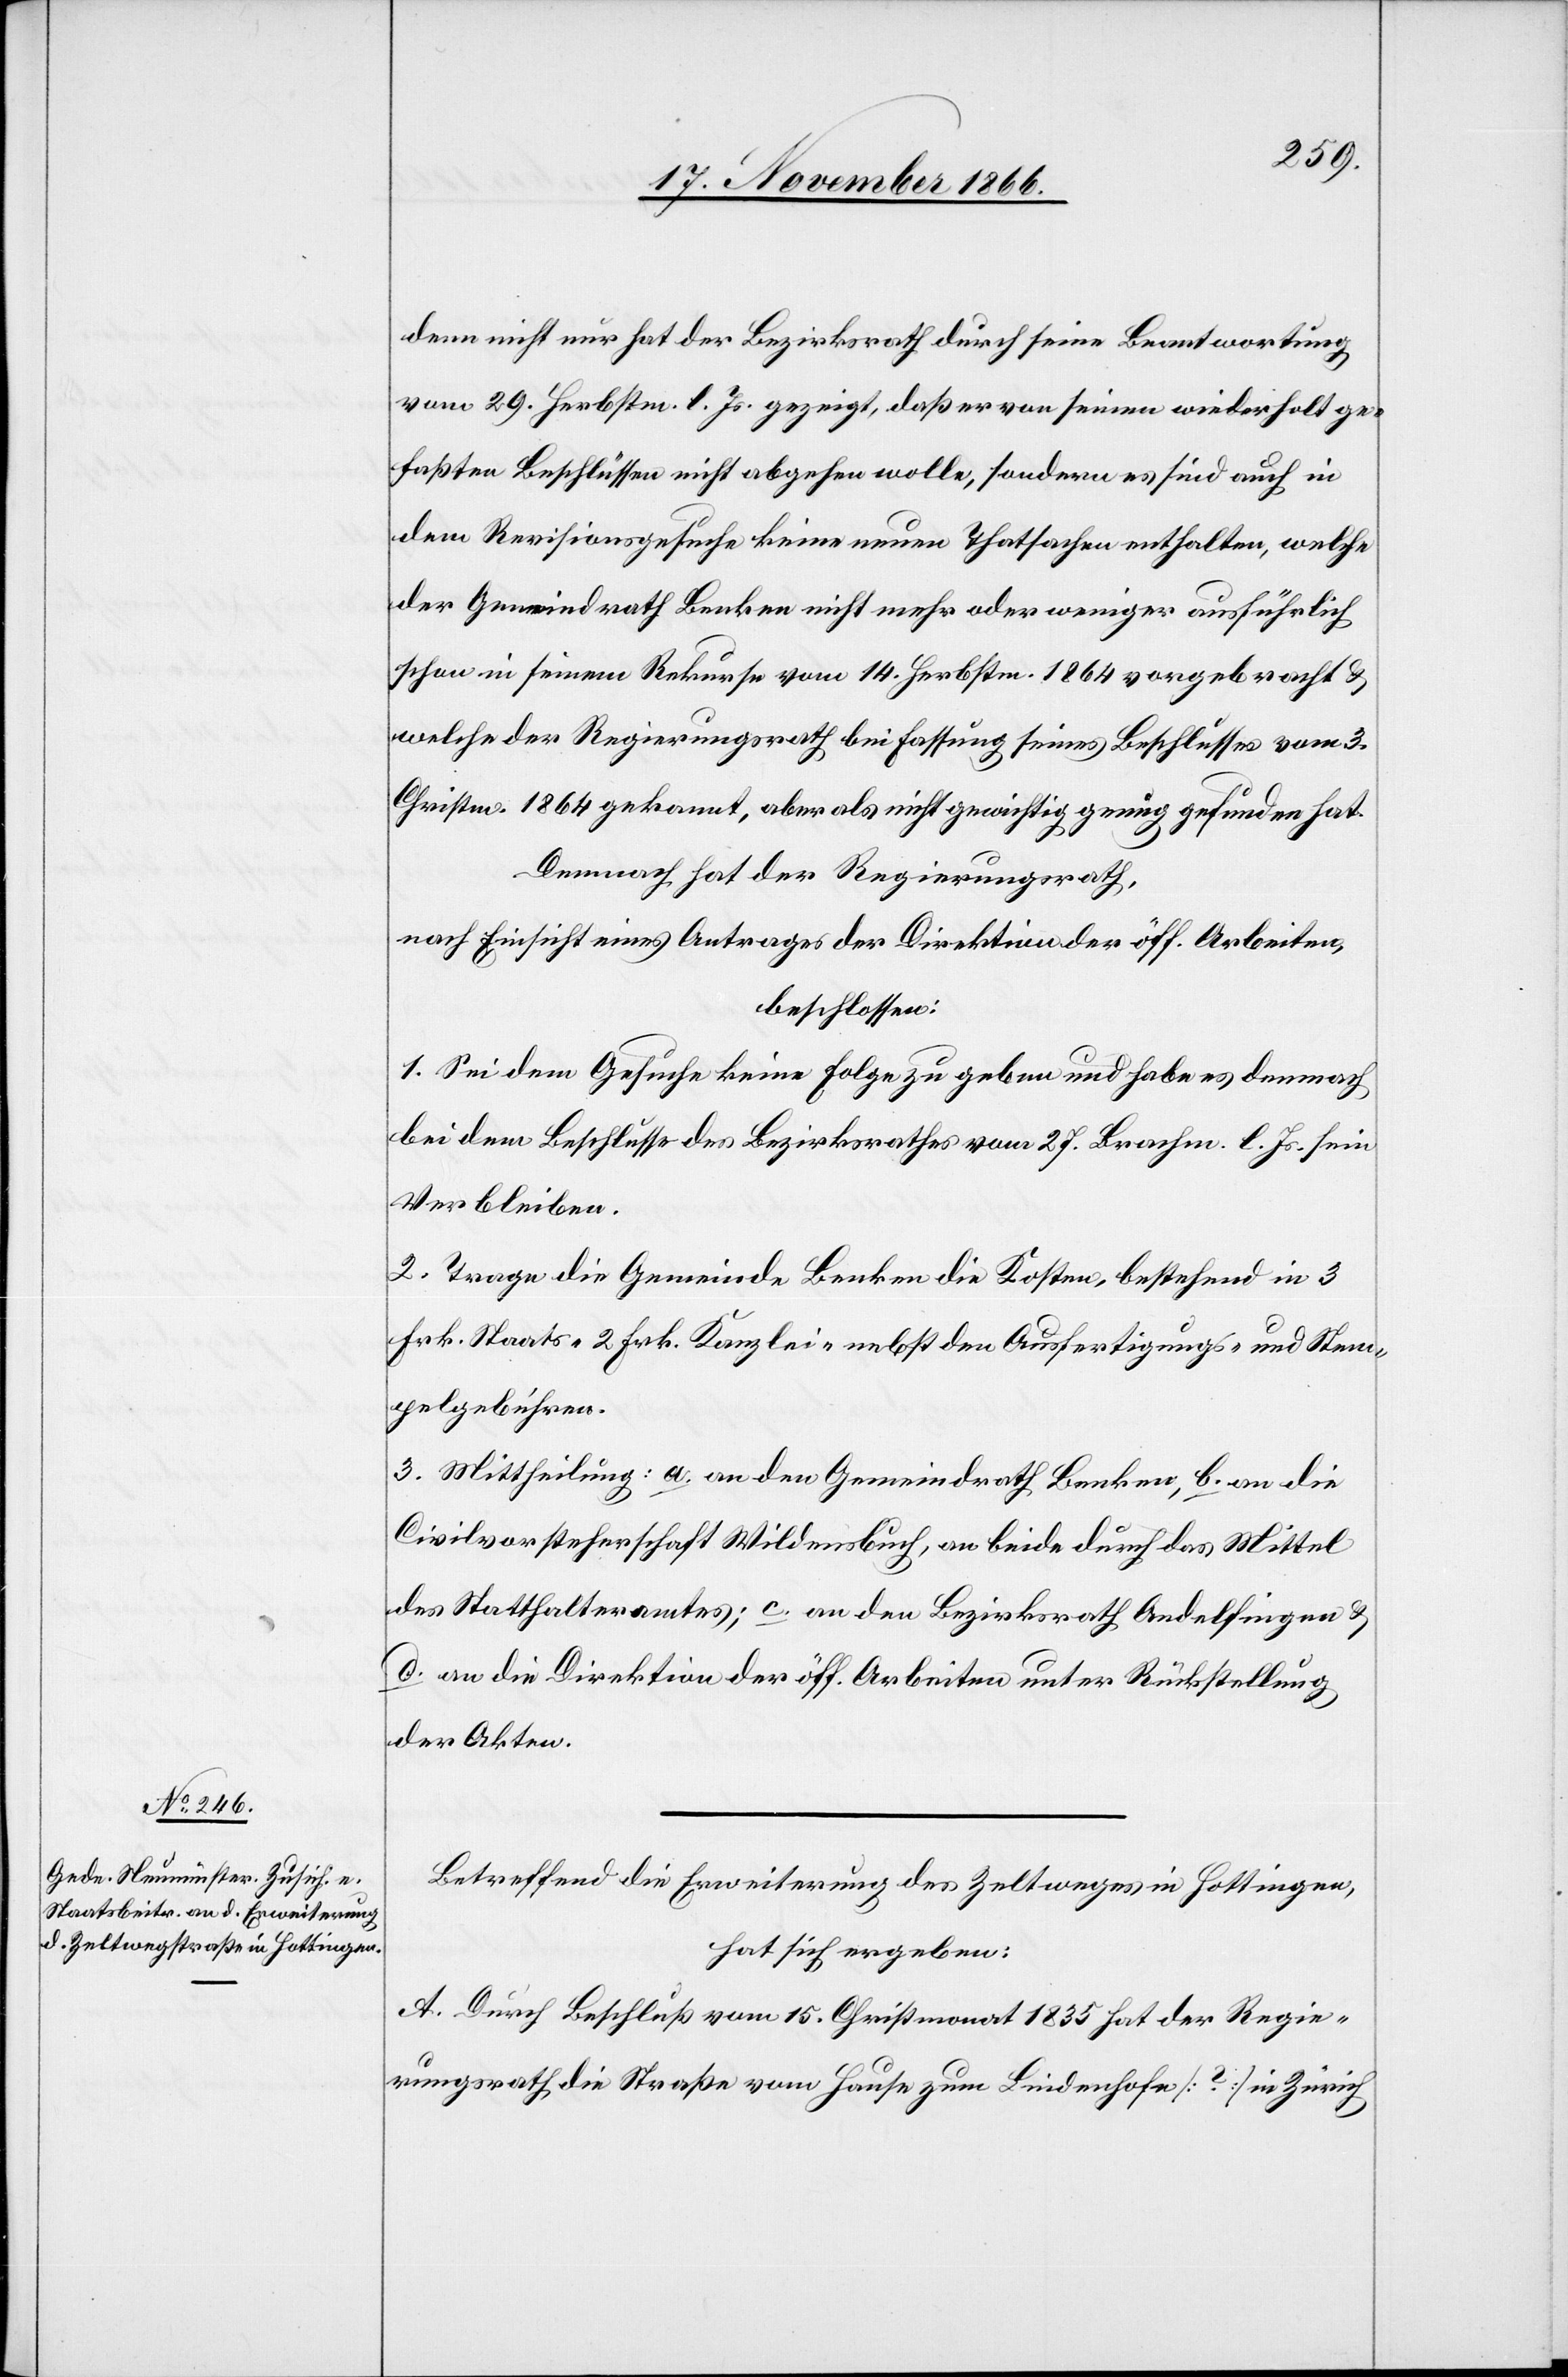
denn nicht nur hat der Bezirksrath durch seine Beantwortung
vom 29. Herbstm. l. Js. gezeigt, daß er von seinen wiederholt ge¬
faßten Beschlüssen nicht abgehen wolle, sondern es sind auch in
dem Revisionsgesuche keine neuen Thatsachen enthalten, welche
der Gemeindrath Benken nicht mehr oder weniger ausführlich
schon in seinem Rekurse vom 14. Herbstm. 1864 angebracht &
welche der Regierungsrath bei Fassung seines Beschlusses vom 3.
Christm. 1864 gekannt, aber als nicht gewichtig genug gefunden hat.
Demnach hat der Regierungsrath,
nach Einsicht eines Antrages der Direktion der öff. Arbeiten,
beschlossen:
1. Sei dem Gesuche keine Folge zu geben und habe es demnach
bei dem Beschlusse des Bezirksrathes vom 27. Brachm. l. Js. sein
Verbleiben.
2. Trage die Gemeinde Benken die Kosten, bestehend in 3
Frk. Staats-, 2 Frk. Kanzlei- nebst den Ausfertigungs- und Stem¬
pelgebühren.
3. Mittheilung: a. an den Gemeindrath Benken, b. an die
Civilvorsteherschaft Wildensbuch, an beide durch das Mittel
des Statthalteramtes; c. an den Bezirksrath Andelfingen &
d. an die Direktion der öff. Arbeiten unter Rückstellung
der Akten.
Betreffend die Erweiterung des Zeltweges in Hottingen,
hat sich ergeben:
A. Durch Beschluß vom 15. Christmonat 1835 hat der Regie¬
rungsrath die Straße vom Hause zum Lindenhofe [?] in Zürich